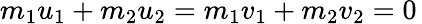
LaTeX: m_{1}u_{1}+m_{2}u_{2}=m_{1}v_{1}+m_{2}v_{2}={0}\,